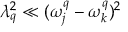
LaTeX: \lambda _ { q } ^ { 2 } \ll ( \omega _ { j } ^ { q } - \omega _ { k } ^ { q } ) ^ { 2 }